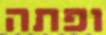
ופתה